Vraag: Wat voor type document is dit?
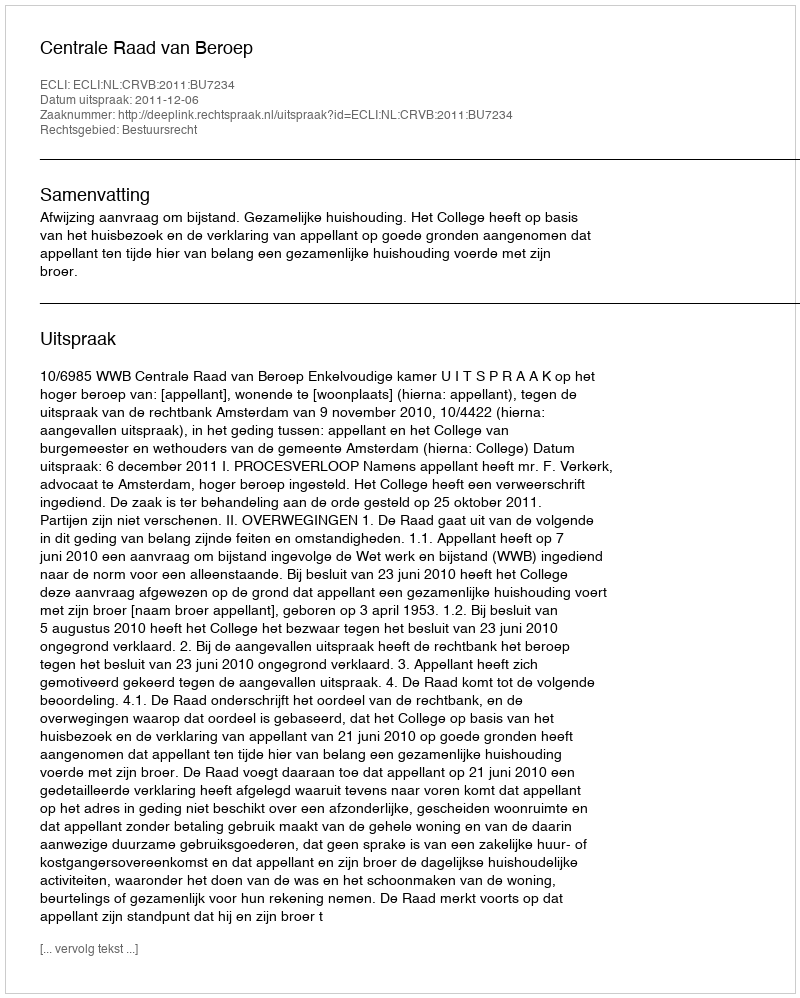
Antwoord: Uitspraak